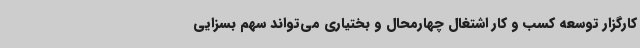
کارگزار توسعه کسب و کار اشتغال چهارمحال و بختیاری می‌تواند سهم بسزایی